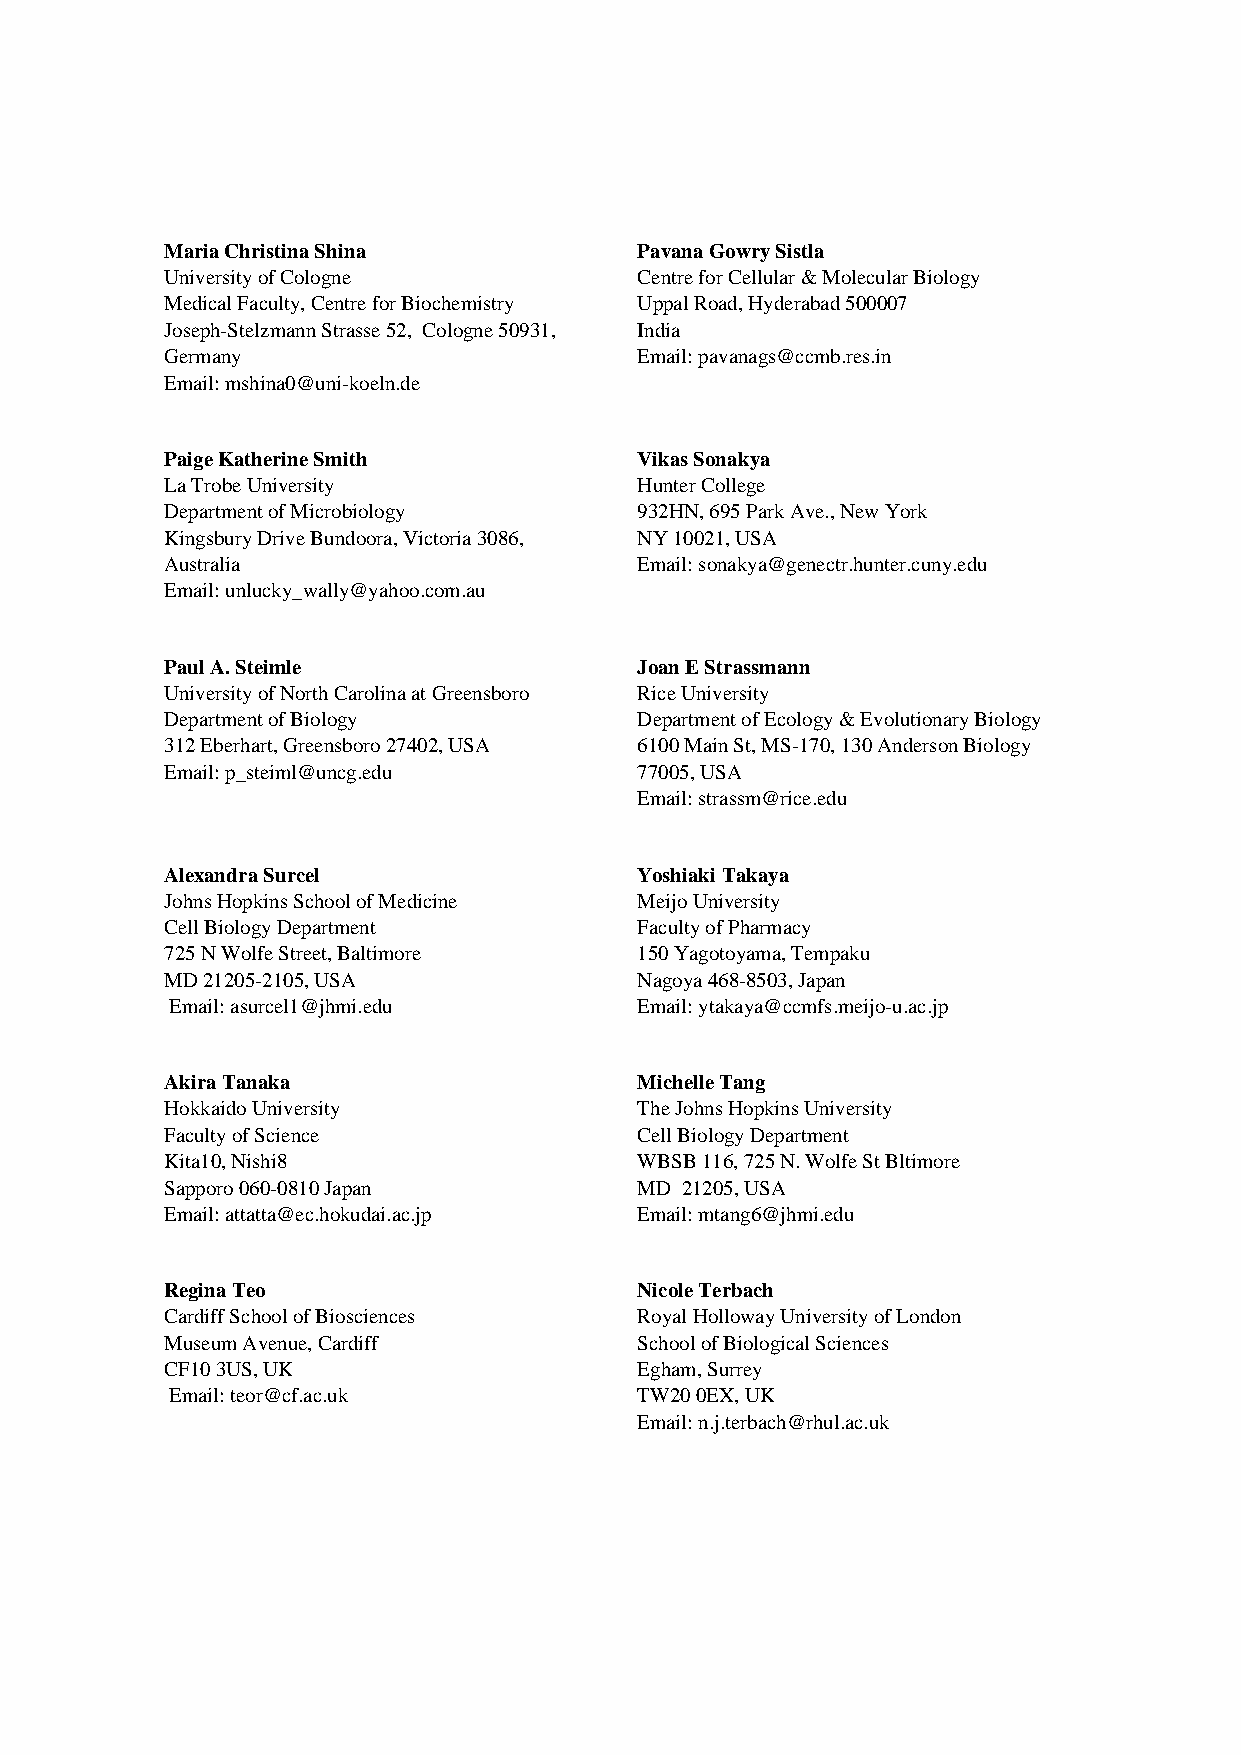
Maria Christina Shina        ## Pavana Gowry Sistla
 University of Cologne          Centre for Cellular & Molecular Biology
 Medical Faculty, Centre for Biochemistry Uppal Road, Hyderabad 500007
 Joseph-Stelzmann Strasse 52, Cologne 50931, India
 ##
 Germany                        Email: pavanags@ccmb.res.in
 Email: mshina0@uni-koeln.de
 ##
 Paige Katherine Smith        ## Vikas Sonakya
 La Trobe University            Hunter College
 Department of Microbiology     932HN, 695 Park Ave., New York
 Kingsbury Drive Bundoora, Victoria 3086, NY 10021, USA
 ##
 Australia                      Email: sonakya@genectr.hunter.cuny.edu
 Email: unlucky_wally@yahoo.com.au
 ##
 Paul A. Steimle              ## Joan E Strassmann
 University of North Carolina at Greensboro Rice University
 Department of Biology          Department of Ecology & Evolutionary Biology
 312 Eberhart, Greensboro 27402, USA 6100 Main St, MS-170, 130 Anderson Biology
 ##
 Email: p_steiml@uncg.edu       77005, USA
 Email: strassm@rice.edu
 ##
 Alexandra Surcel             ## Yoshiaki Takaya
 Johns Hopkins School of Medicine Meijo University
 Cell Biology Department        Faculty of Pharmacy
 725 N Wolfe Street, Baltimore  150 Yagotoyama, Tempaku
 ##
 MD 21205-2105, USA             Nagoya 468-8503, Japan
 Email: asurcel1@jhmi.edu       Email: ytakaya@ccmfs.meijo-u.ac.jp
 ##
 Akira Tanaka                 ## Michelle Tang
 Hokkaido University            The Johns Hopkins University
 Faculty of Science             Cell Biology Department
 Kita10, Nishi8                 WBSB 116, 725 N. Wolfe St Bltimore
 ##
 Sapporo 060-0810 Japan         MD 21205, USA
 Email: attatta@ec.hokudai.ac.jp Email: mtang6@jhmi.edu
 ##
 Regina Teo                   ## Nicole Terbach
 Cardiff School of Biosciences  Royal Holloway University of London
 Museum Avenue, Cardiff         School of Biological Sciences
 CF10 3US, UK                   Egham, Surrey
 ##
 Email: teor@cf.ac.uk           TW20 0EX, UK
 Email: n.j.terbach@rhul.ac.uk
 ##